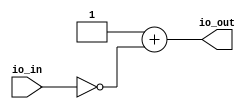
module twoscomplement(
  input  [7:0] io_in,
  output [7:0] io_out
);
  wire [7:0] _x_T = ~io_in; // @[BinaryDesigns.scala 25:16]
  assign io_out = 8'h1 + _x_T; // @[BinaryDesigns.scala 25:14]
endmodule